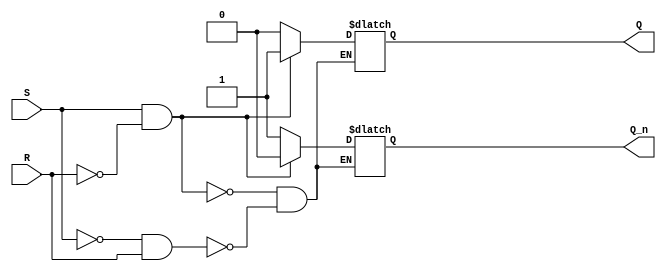
module sr_flip_flop(
    input S, // Set input
    input R, // Reset input
    output reg Q, // Output Q
    output reg Q_n // Output Q'
);

always @(S, R) begin
    if (S && !R) begin
        Q <= 1;
        Q_n <= 0;
    end else if (!S && R) begin
        Q <= 0;
        Q_n <= 1;
    end
end

endmodule